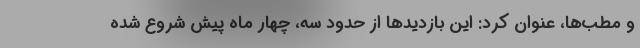
و مطب‌ها، عنوان کرد: این بازدیدها از حدود سه، چهار ماه پیش شروع شده